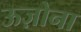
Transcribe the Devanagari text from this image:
ऊज़ोना